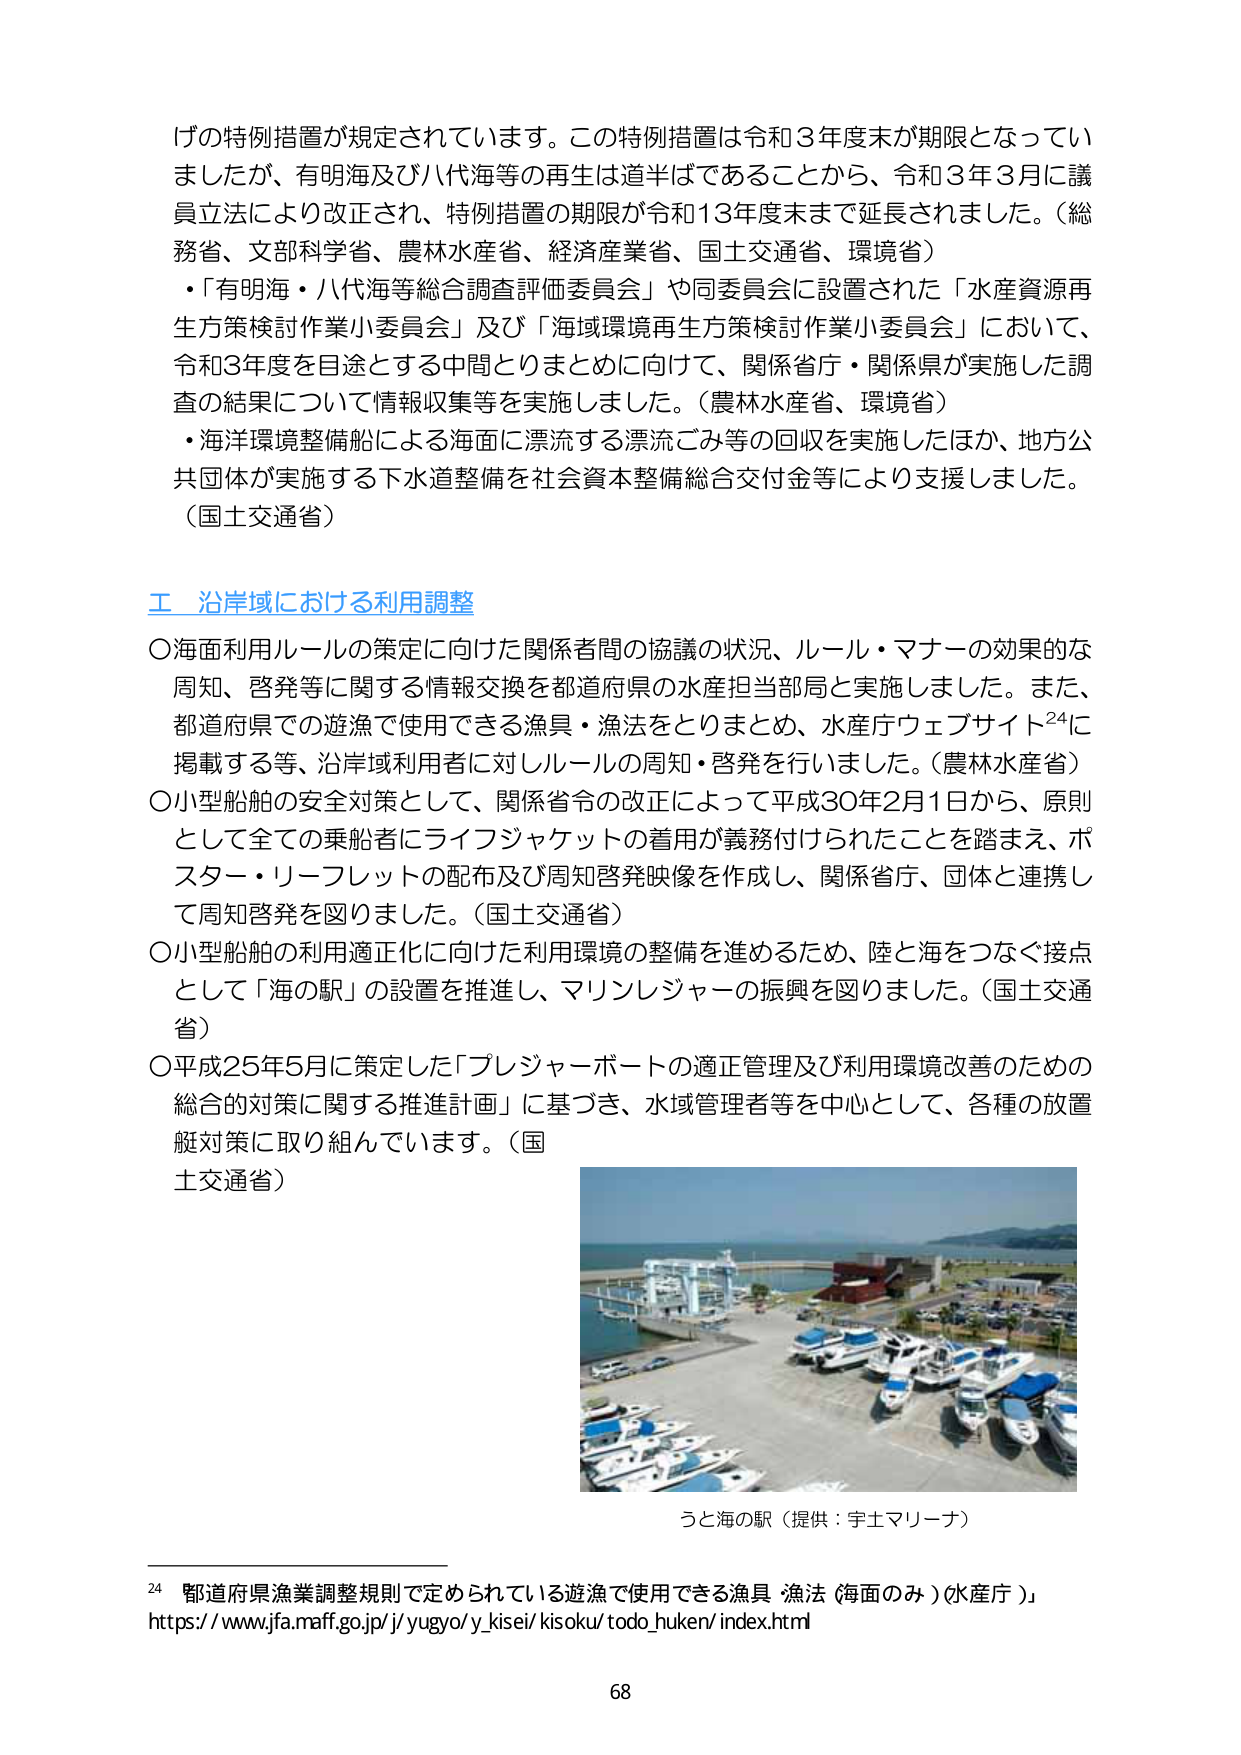
げの特例措置が規定されています。この特例措置は令和３年度末が期限となってい
ましたが、有明海及び八代海等の再生は道半ばであることから、令和３年３月に議
員立法により改正され、特例措置の期限が令和１３年度末まで延長されました。（総
務省、文部科学省、農林水産省、経済産業省、国土交通省、環境省）
・「有明海・八代海等総合調査評価委員会」や同委員会に設置された「水産資源再
生方策検討作業小委員会」及び「海域環境再生方策検討作業小委員会」において、
令和３年度を目途とする中間とりまとめに向けて、関係省庁・関係県が実施した調
査の結果について情報収集等を実施しました。（農林水産省、環境省）
・海洋環境整備船による海面に漂流する漂流ごみ等の回収を実施したほか、地方公
共団体が実施する下水道整備を社会資本整備総合交付金等により支援しました。
（国土交通省）

工 沿岸域における利用調整
〇海面利用ルールの策定に向けた関係者間の協議の状況、ルール・マナーの効果的な
周知、啓発等に関する情報交換を都道府県の水産担当部局と実施しました。また、
都道府県での遊漁で使用できる漁具・漁法をとりまとめ、水産庁ウェブサイト24に
掲載する等、沿岸域利用者に対しルールの周知・啓発を行いました。（農林水産省）
〇小型船舶の安全対策として、関係省令の改正によって平成30年2月1日から、原則
として全ての乗船者にライフジャケットの着用が義務付けられたことを踏まえ、ポ
スター・リーフレットの配布及び周知啓発映像を作成し、関係省庁、団体と連携し
て周知啓発を図りました。（国土交通省）
〇小型船舶の利用適正化に向けた利用環境の整備を進めるため、陸と海をつなぐ接点
として「海の駅」の設置を推進し、マリンレジャーの振興を図りました。（国土交通
省）
〇平成25年5月に策定した「プレジャーボートの適正管理及び利用環境改善のための
総合的対策に関する推進計画」に基づき、水域管理者等を中心として、各種の放置
艇対策に取り組んでいます。（国
土交通省）

うと海の駅（提供：宇土マリーナ）

24 都道府県漁業調整規則で定められている遊漁で使用できる漁具・漁法（海面のみ）（水産庁）」
https://www.jfa.maff.go.jp/j/yugyo/y_kisei/kisoku/todo_huken/index.html

68